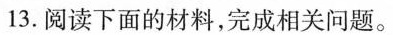
13.阅读下面的材料，完成相关问题。